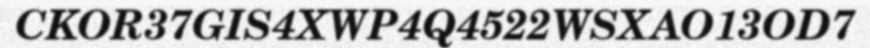
CKOR37GIS4XWP4Q4522WSXAO13OD7